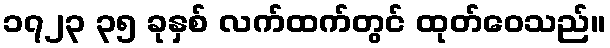
၁၇၂၃ ၃၅ ခုနှစ် လက်ထက်တွင် ထုတ်ဝေသည်။